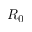
R _ { 0 }